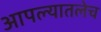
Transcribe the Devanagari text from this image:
आपल्यातलेच